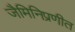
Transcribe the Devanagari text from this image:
जैमिनिप्रणीत